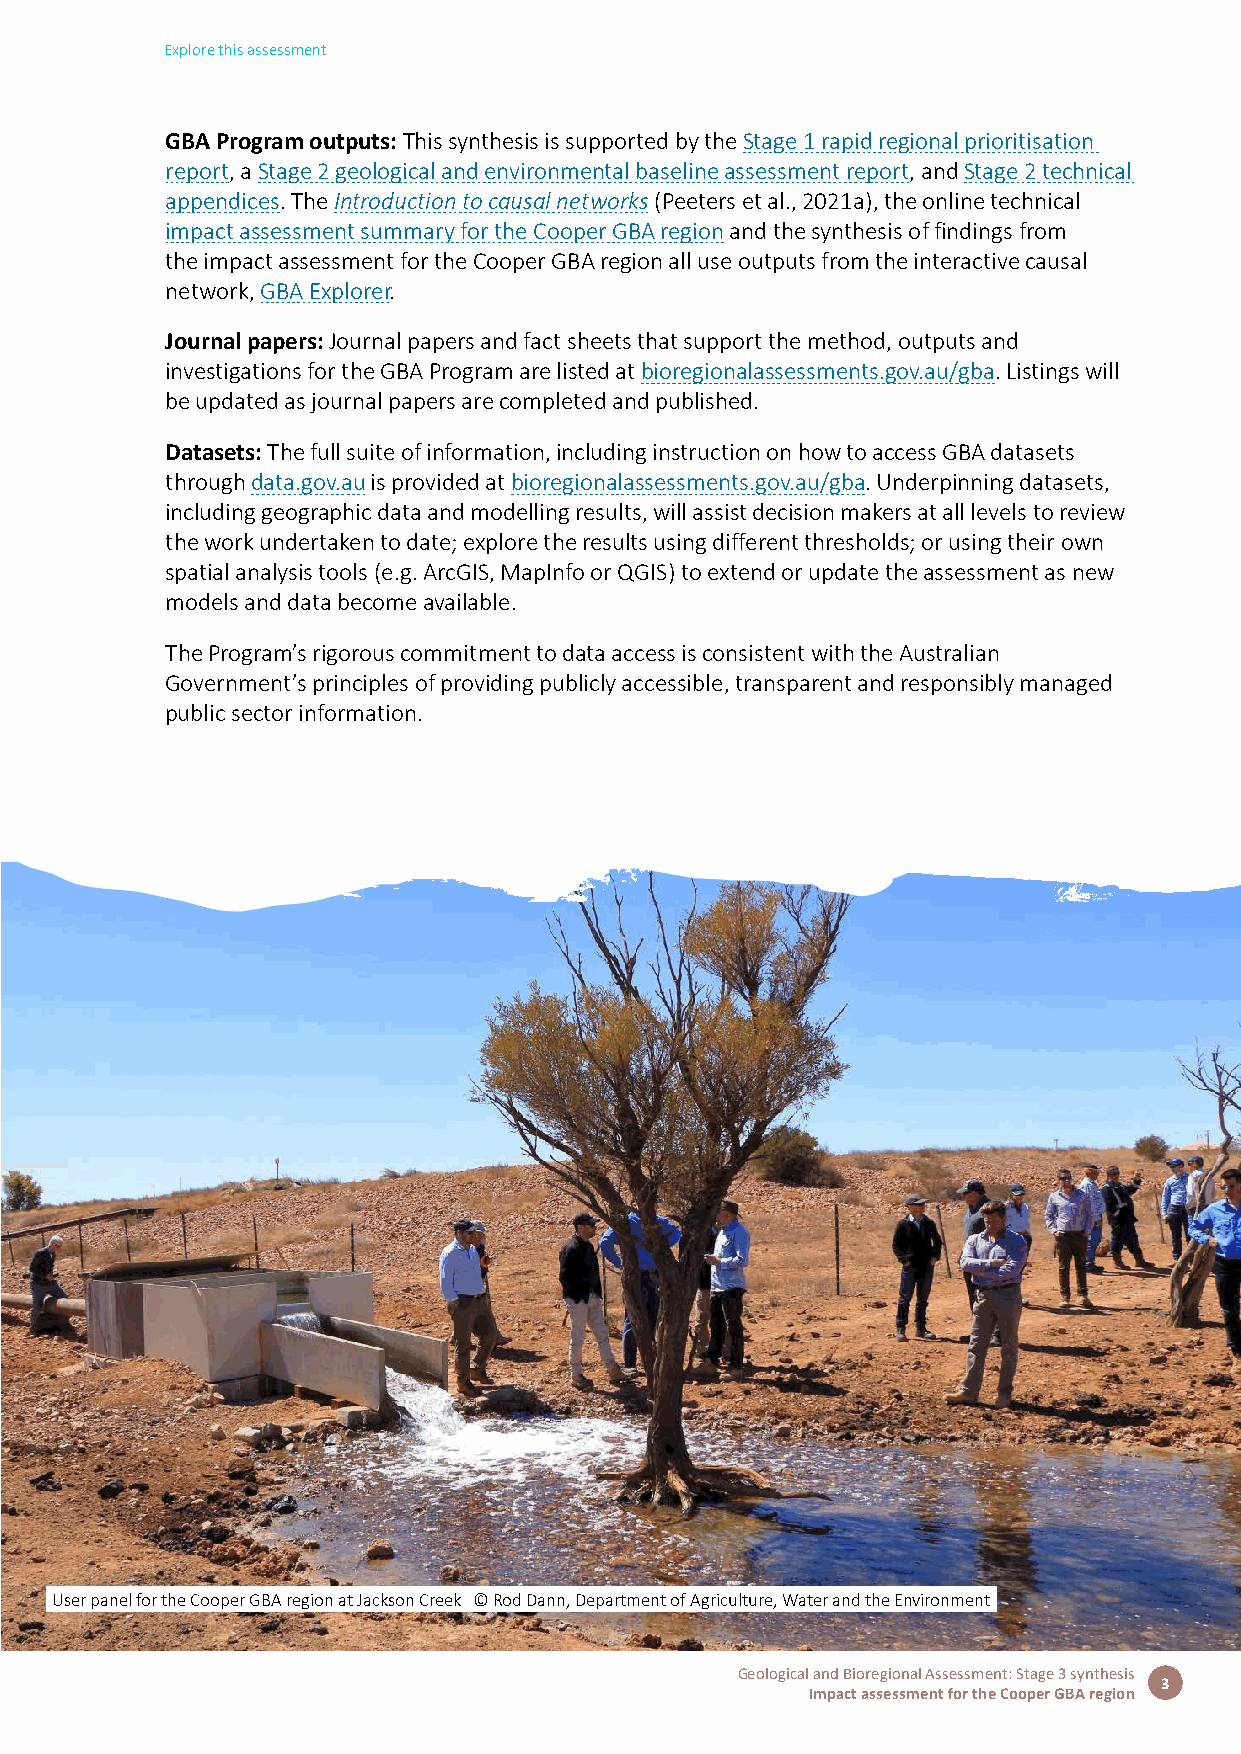
Explore this assessment
 GBA Program outputs: This synthesis is supported by the Stage 1 rapid regional prioritisation
 report, a Stage 2 geological and environmental baseline assessment report, and Stage 2 technical
 appendices. The Introduction to causal networks (Peeters et al., 2021a), the online technical
 impact assessment summary for the Cooper GBA region and the synthesis of findings from
 the impact assessment for the Cooper GBA region all use outputs from the interactive causal
 network, GBA Explorer.
 Journal papers: Journal papers and fact sheets that support the method, outputs and
 investigations for the GBA Program are listed at bioregionalassessments.gov.au/gba. Listings will
 be updated as journal papers are completed and published.
 Datasets: The full suite of information, including instruction on how to access GBA datasets
 through data.gov.au is provided at bioregionalassessments.gov.au/gba. Underpinning datasets,
 including geographic data and modelling results, will assist decision makers at all levels to review
 the work undertaken to date; explore the results using different thresholds; or using their own
 spatial analysis tools (e.g. ArcGIS, MapInfo or QGIS) to extend or update the assessment as new
 models and data become available.
 The Program’s rigorous commitment to data access is consistent with the Australian
 Government’s principles of providing publicly accessible, transparent and responsibly managed
 public sector information.
 User panel for the Cooper GBA region at Jackson Creek © Rod Dann, Department of Agriculture, Water and the Environment
 Geological and Bioregional Assessment: Stage 3 synthesis
 3
 Impact assessment for the Cooper GBA region